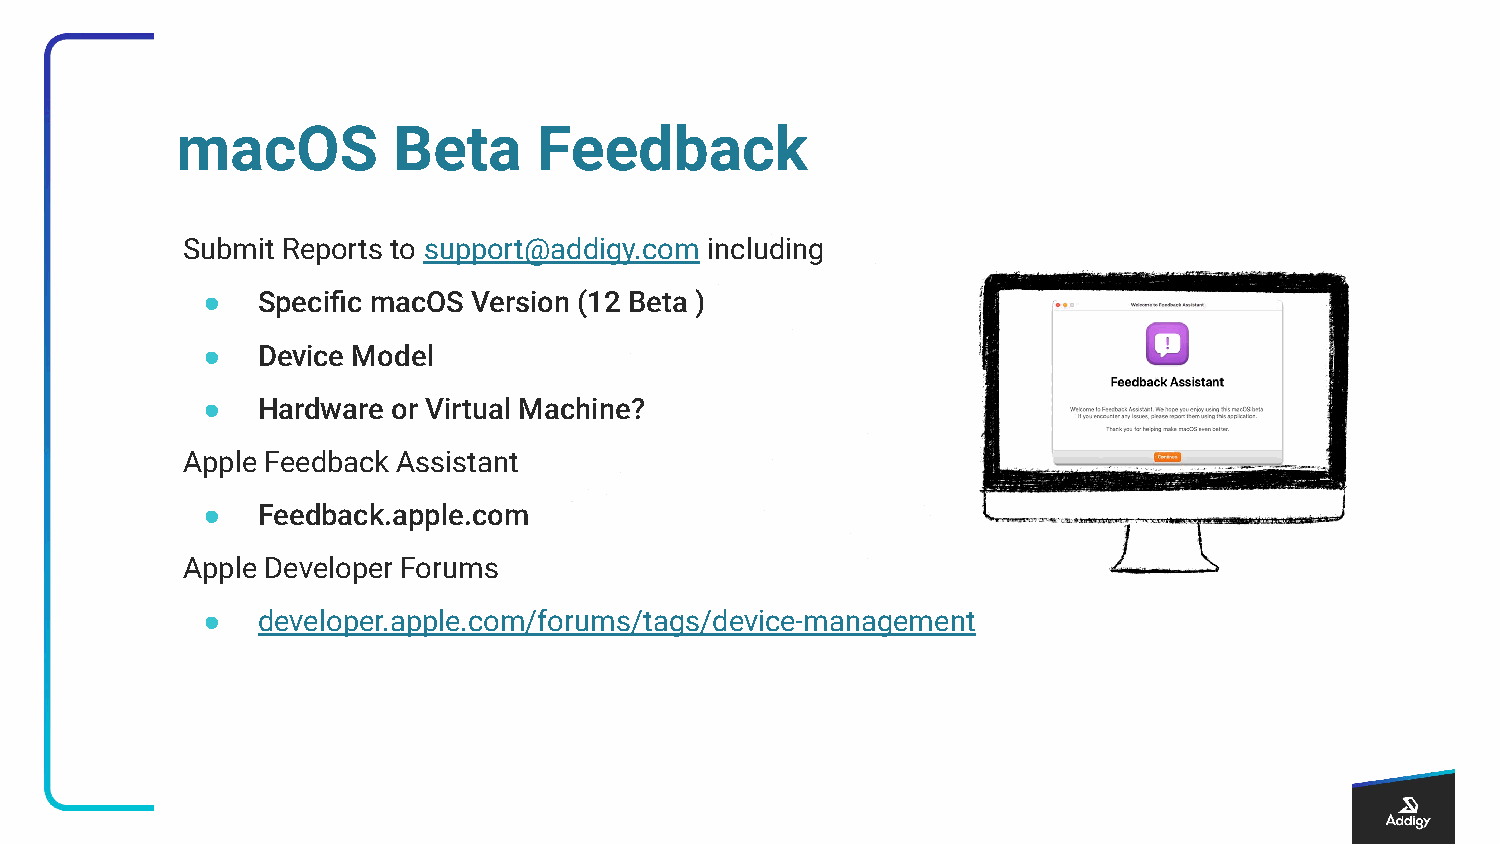
macOS         Beta      Feedback
 Submit Reports to support@addigy.com including
 ●   Specific macOS Version (12 Beta )
 ●   Device Model
 ●   Hardware or Virtual Machine?
 Apple Feedback Assistant
 ●   Feedback.apple.com
 Apple Developer Forums
 ●   developer.apple.com/forums/tags/device-management